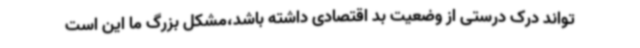
تواند درک درستی از وضعیت بد اقتصادی داشته باشد،مشکل بزرگ ما این است